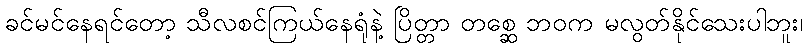
ခင်မင်နေရင်တော့ သီလစင်ကြယ်နေရုံနဲ့ ပြိတ္တာ တစ္ဆေ ဘဝက မလွတ်နိုင်သေးပါဘူး၊